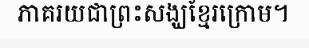
ភាគរយជាព្រះសង្ឃខ្មែរក្រោម។